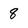
Character: 8